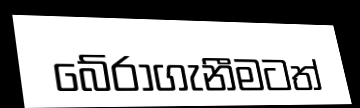
බේරාගැනීමටත්